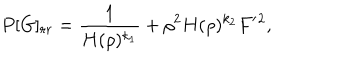
LaTeX: P [ G ] _ { r r } = \frac { 1 } { H ( \rho ) ^ { k _ { 1 } } } + \rho ^ { 2 } H ( \rho ) ^ { k _ { 2 } } F ^ { \prime } { } ^ { 2 } ,